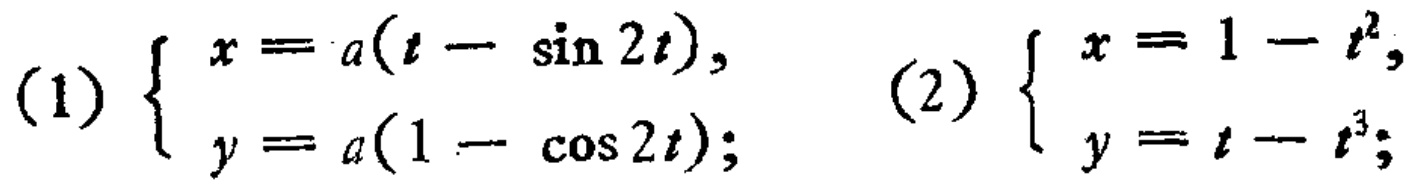
(1) \(\begin{cases}
x = a(t - \sin 2t),\\
y = a(1 - \cos 2t);
\end{cases}\) (2) \(\begin{cases}
x = 1 - t^{2},\\
y = t - t^{3};
\end{cases}\)